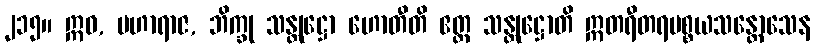
၂၁၅။ ဣဓ, မဟာရာဇ, ဘိက္ခု သန္တုဋ္ဌော ဟောတီတိ ဧတ္ထ သန္တုဋ္ဌောတိ ဣတရီတရပစ္စယသန္တောသေန